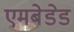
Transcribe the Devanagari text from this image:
एमबेडेड